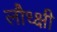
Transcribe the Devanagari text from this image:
लौध्क्षी